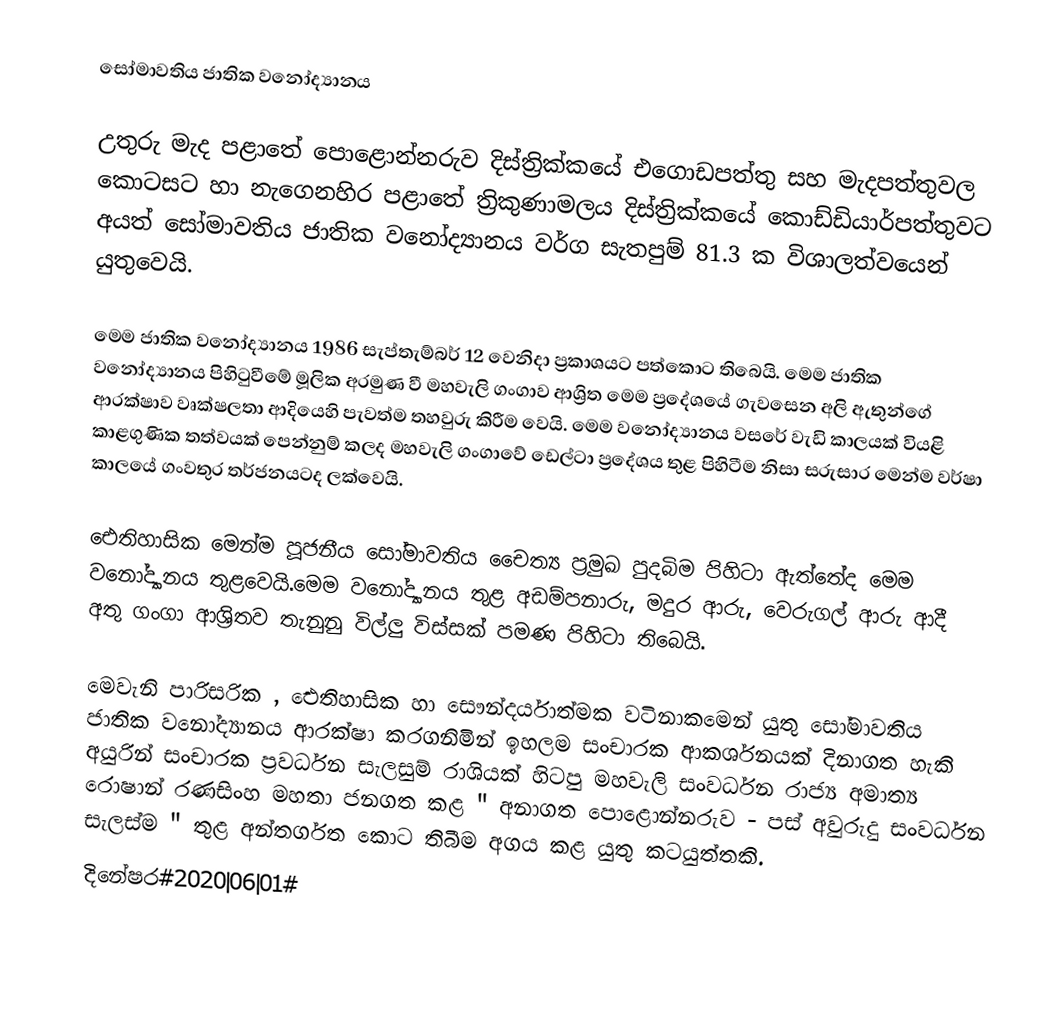
සෝමාවතිය ජාතික වනෝද්‍යානය

උතුරු මැද පළාතේ පොළොන්නරුව දිස්ත්‍රික්කයේ එගොඩපත්තු සහ මැදපත්තුවල කොටසට හා නැගෙනහිර පළාතේ ත්‍රිකුණාමලය දිස්ත්‍රික්කයේ කොඩ්ඩියාර්පත්තුවට අයත් සෝමාවතිය ජාතික වනෝද්‍යානය වර්ග සැතපුම් 81.3 ක විශාලත්වයෙන් යුතුවෙයි.

මෙම ජාතික වනෝද්‍යානය 1986 සැප්තැම්බර් 12 වෙනිදා ප්‍රකාශයට පත්කොට තිබෙයි. මෙම ජාතික වනෝද්‍යානය පිහිටුවීමේ මූලික අරමුණ වී මහවැලි ගංගාව ආශ්‍රිත මෙම ප්‍රදේශයේ ගැවසෙන අලි ඇතුන්ගේ ආරක්ෂාව වෘක්ෂලතා ආදියෙහි පැවත්ම තහවුරු කිරීම වෙයි. මෙම වනෝද්‍යානය වසරේ වැඩි කාලයක් වියළි කාළගුණික තත්වයක් පෙන්නුම් කලද මහවැලි ගංගාවේ ඩෙල්ටා ප්‍රදේශය තුළ පිහිටීම නිසා සරුසාර මෙන්ම වර්ෂා කාලයේ ගංවතුර තර්ජනයටද ලක්වෙයි.

ඓතිහාසික මෙන්ම පූජනීය සෝමාවතිය චෛත්‍ය ප්‍රමුඛ පුදබිම පිහිටා ඇත්තේද මෙම වනෝද්‍යානය තුළවෙයි.මෙම වනෝද්‍යානය තුළ අඩම්පනාරු, මදුර ආරු, වෙරුගල් ආරු ආදී අතු ගංගා ආශ්‍රිතව තැනුනු විල්ලු විස්සක් පමණ පිහිටා තිබෙයි.

මෙවැනි පාරිසරික , ඓතිහාසික හා සෞන්දර්යාත්මක වටිනාකමෙන් යුතු සෝමාවතිය ජාතික වනෝද්‍යානය ආරක්ෂා කරගනිමින් ඉහලම සංචාරක ආකර්ශනයක් දිනාගත හැකි අයුරින් සංචාරක ප්‍රවර්ධන සැලසුම් රාශියක් හිටපු මහවැලි සංවර්ධන රාජ්‍ය අමාත්‍ය රොෂාන් රණසිංහ මහතා ජනගත කළ " අනාගත පොළොන්නරුව - පස් අවුරුදු සංවර්ධන සැලස්ම " තුළ අන්තර්ගත කොට තිබීම අගය කළ යුතු කටයුත්තකි.
දිනේෂර#2020|06|01#